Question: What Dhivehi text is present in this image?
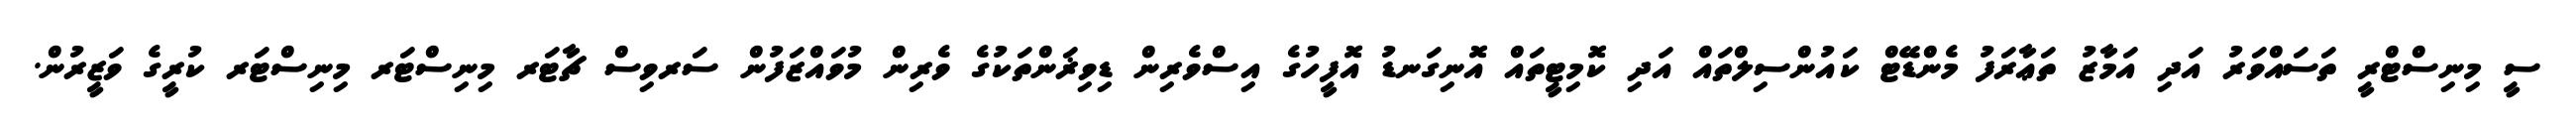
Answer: ސީ މިނިސްޓްރީ ތަސައްވަރު އަދި އަމާޒު ތަޢާރަފު މެންޑޭޓް ކައުންސިލްތައް އަދި ކޮމިޓީތައް އޮނިގަނޑު އޮފީހުގެ އިސްވެރިން ޑިވިޜަންތަކުގެ ވެރިން މުވައްޒަފުން ސަރވިސް ޗާޓަރ މިނިސްޓަރ މިނިސްޓަރ ކުރީގެ ވަޒީރުން.